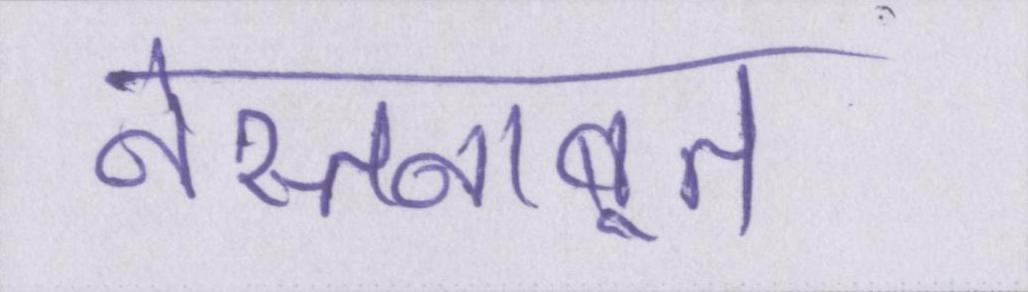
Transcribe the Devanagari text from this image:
नेस्तनाबूत